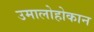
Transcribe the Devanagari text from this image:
उमालोहोकान